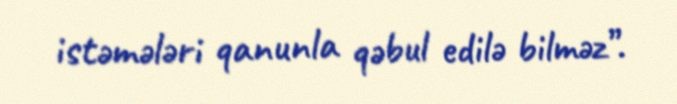
istəmələri qanunla qəbul edilə bilməz”.